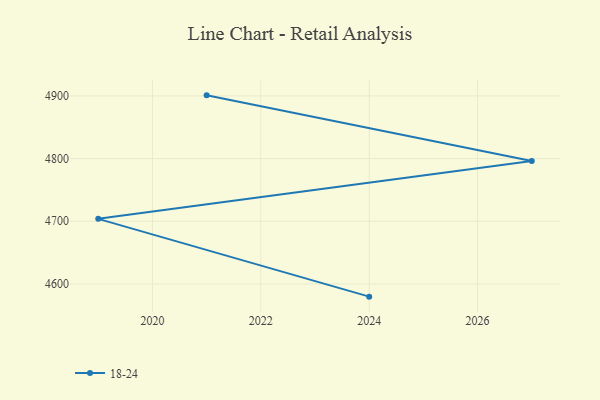
{"axis": {"x": "Year", "y": "Budget (USD K)"}, "legend": ["18-24"], "data": [{"x": "2021", "y": 4901.0, "type": "18-24"}, {"x": "2027", "y": 4796.3, "type": "18-24"}, {"x": "2019", "y": 4703.9, "type": "18-24"}, {"x": "2024", "y": 4579.7, "type": "18-24"}]}